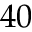
4 0